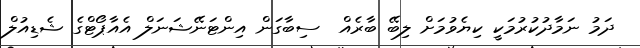
ދަމު ނަމާދުކުރުމަކީ ކިޔެވުމަށް ލިބޭ ބާރެއް  ސިބާގަން އިންޓަނޭޝަނަލް އެއާޕޯޓްގެ ޝެޑިއުލް